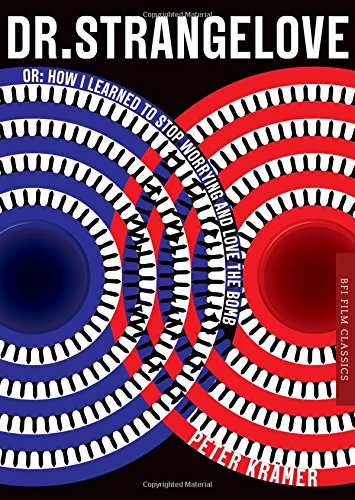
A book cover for Dr. Strangelove or: How I learned to Stop Worrying and Love the Bomb (BFI Film Classics); Peter Kramer; Humor & Entertainment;